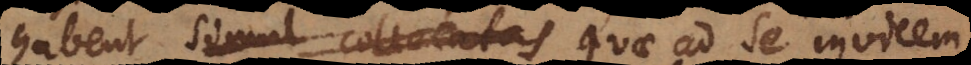
habent simul collocatas quae ad se invicem